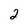
Character: 2